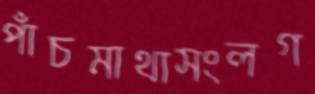
পাঁচমাথাসংলগ